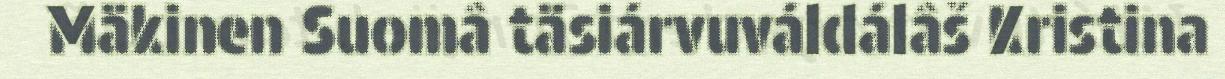
Mäkinen Suomâ täsiárvuváldálâš Kristina